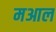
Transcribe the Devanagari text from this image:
मआल